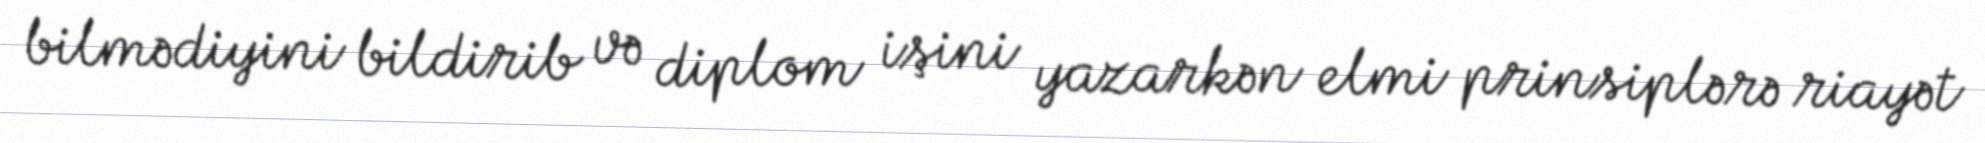
bilmədiyini bildirib və diplom işini yazarkən elmi prinsiplərə riayət